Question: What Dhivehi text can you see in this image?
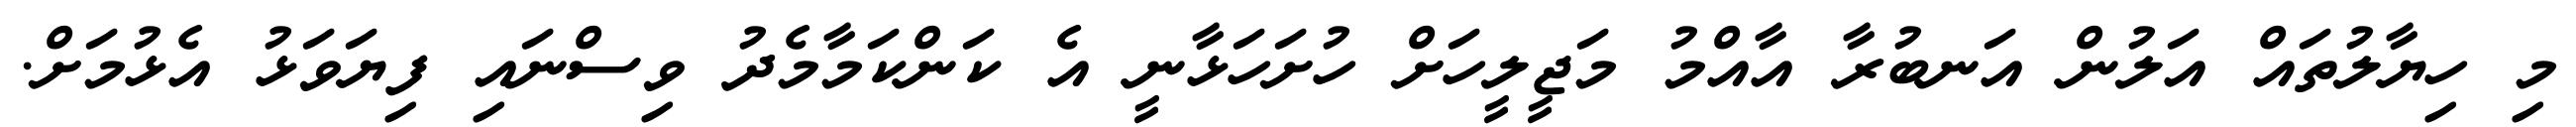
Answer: މި ހިޔާލުތައް އަލުން އަނބުރާ އާއްމު މަޖީލީހަށް ހުށަހަޅާނީ އެ ކަންކަމާމެދު ވިސްނައި ފިޔަވަޅު އެޅުމަށް.